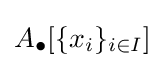
A_{\bullet }[\{x_{i}\}_{i\in I}]